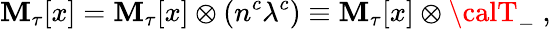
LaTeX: \mathbf{M}_{\tau}[x]={\cal\mathbf{M}}_{\tau}[x]\otimes(n^{c}\lambda^{c})\equiv{\cal\mathbf{M}}_{\tau}[x]\otimes{\calT}_{-}\ ,